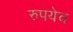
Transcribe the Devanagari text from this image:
रुपयेच